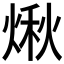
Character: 煍